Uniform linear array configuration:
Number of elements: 12
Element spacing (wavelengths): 0.75
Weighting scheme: cosine
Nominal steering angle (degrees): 0
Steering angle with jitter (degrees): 0.4064
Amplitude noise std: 0.05
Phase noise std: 0.05

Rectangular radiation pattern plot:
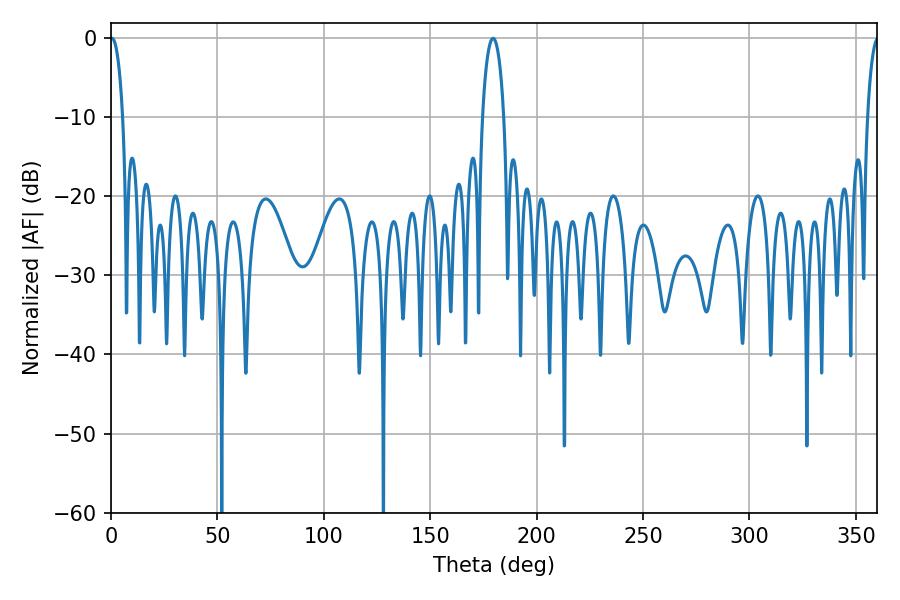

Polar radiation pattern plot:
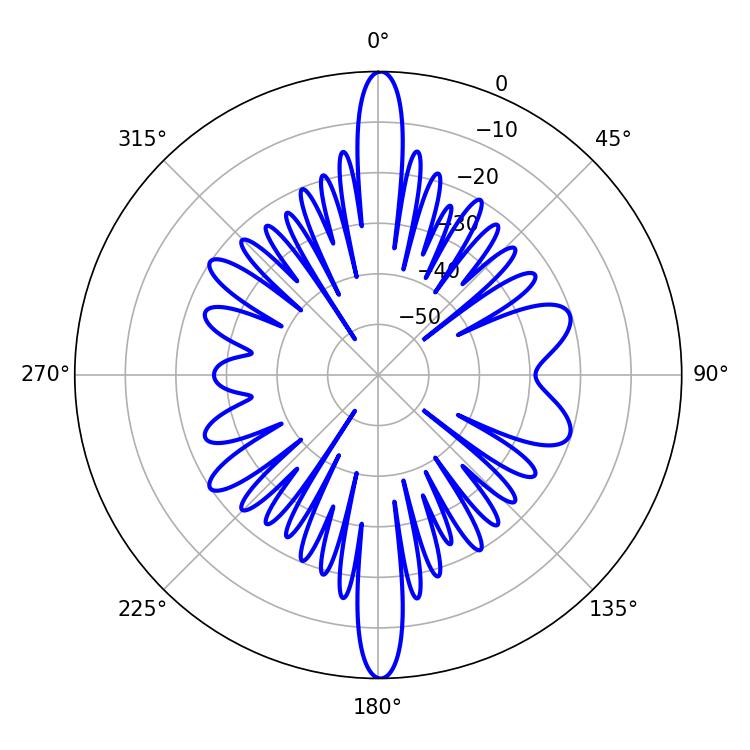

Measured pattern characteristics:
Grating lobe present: TRUE
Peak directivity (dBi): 27.612
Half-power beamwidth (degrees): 3.42
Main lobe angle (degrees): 0.54